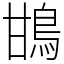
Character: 䲺